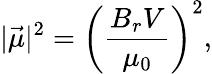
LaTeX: |\vec{\mu}|^{2}=\left(\frac{B_{r}V}{\mu_{0}}\right)^{2},